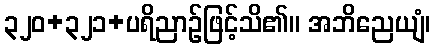
၃၂၀+၃၂၁+ပရိညာဉ်ဖြင့်သိ၏။ အဘိညေယျံ၊